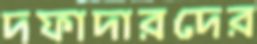
দফাদারদের